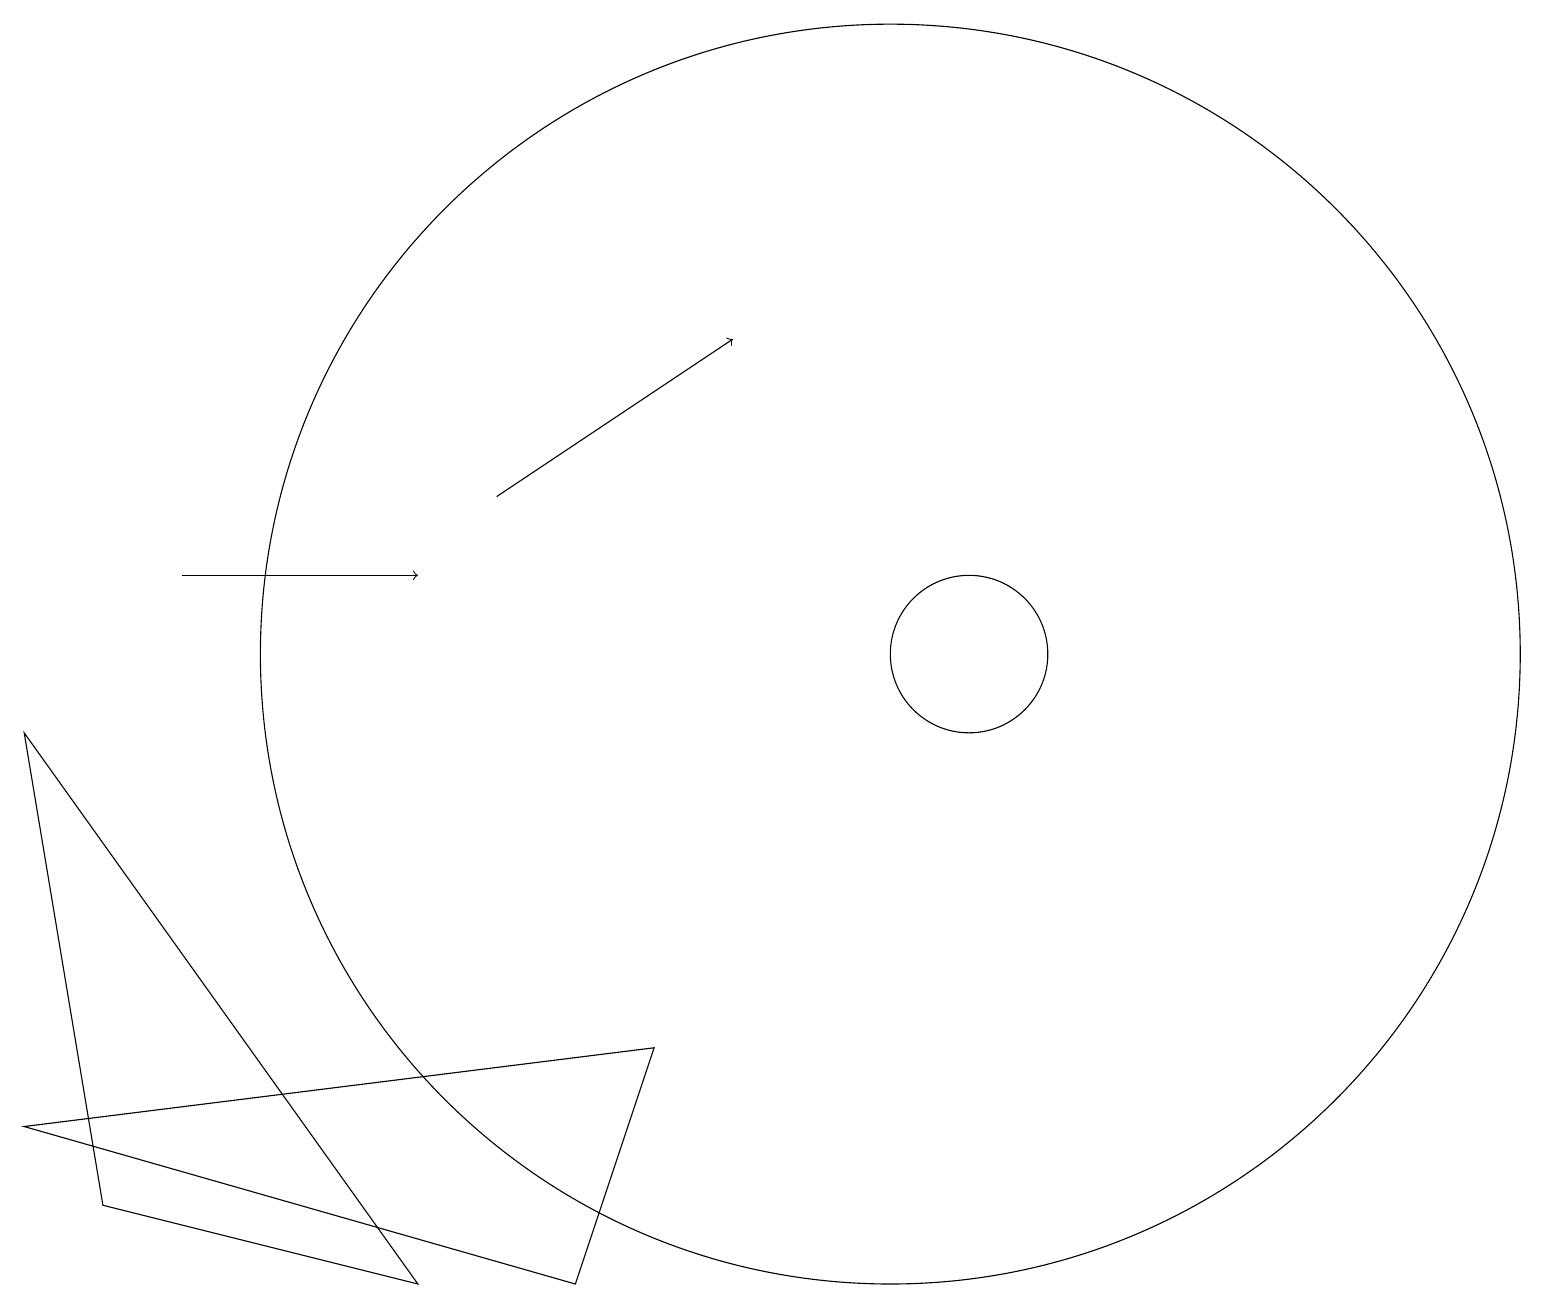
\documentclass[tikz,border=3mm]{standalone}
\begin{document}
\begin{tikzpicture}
\draw (0,4) -- (8,5) -- (7,2) -- cycle;
\draw (12,10) circle (1);
\draw (0,9) -- (5,2) -- (1,3) -- cycle;
\draw (11,10) circle (8);
\draw[->] (2,11) -- (5,11);
\draw[->] (6,12) -- (9,14);
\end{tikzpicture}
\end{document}